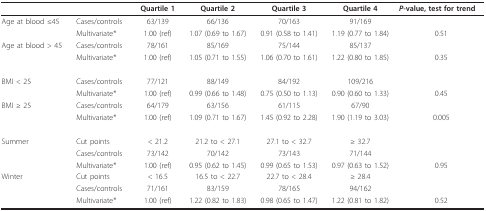
<table><thead><tr><td></td><td></td><td><b>Quartile 1</b></td><td><b>Quartile 2</b></td><td><b>Quartile 3</b></td><td><b>Quartile 4</b></td><td><b><i>P</i>-value, test for trend</b></td></tr></thead><tbody><tr><td>Age at blood ≤45</td><td>Cases/controls</td><td>63/139</td><td>66/136</td><td>70/163</td><td>91/169</td><td></td></tr><tr><td></td><td>Multivariate*</td><td>1.00 (ref)</td><td>1.07 (0.69 to 1.67)</td><td>0.91 (0.58 to 1.41)</td><td>1.19 (0.77 to 1.84)</td><td>0.51</td></tr><tr><td>Age at blood &gt; 45</td><td>Cases/controls</td><td>78/161</td><td>85/169</td><td>75/144</td><td>85/137</td><td></td></tr><tr><td></td><td>Multivariate*</td><td>1.00 (ref)</td><td>1.05 (0.71 to 1.55)</td><td>1.06 (0.70 to 1.61)</td><td>1.22 (0.80 to 1.85)</td><td>0.35</td></tr><tr><td>BMI &lt; 25</td><td>Cases/controls</td><td>77/121</td><td>88/149</td><td>84/192</td><td>109/216</td><td></td></tr><tr><td></td><td>Multivariate*</td><td>1.00 (ref)</td><td>0.99 (0.66 to 1.48)</td><td>0.75 (0.50 to 1.13)</td><td>0.90 (0.60 to 1.33)</td><td>0.45</td></tr><tr><td>BMI ≥ 25</td><td>Cases/controls</td><td>64/179</td><td>63/156</td><td>61/115</td><td>67/90</td><td></td></tr><tr><td></td><td>Multivariate*</td><td>1.00 (ref)</td><td>1.09 (0.71 to 1.67)</td><td>1.45 (0.92 to 2.28)</td><td>1.90 (1.19 to 3.03)</td><td>0.005</td></tr><tr><td>Summer</td><td>Cut points</td><td>&lt; 21.2</td><td>21.2 to &lt; 27.1</td><td>27.1 to &lt; 32.7</td><td>≥ 32.7</td><td></td></tr><tr><td></td><td>Cases/controls</td><td>73/142</td><td>70/142</td><td>73/143</td><td>71/144</td><td></td></tr><tr><td></td><td>Multivariate*</td><td>1.00 (ref)</td><td>0.95 (0.62 to 1.45)</td><td>0.99 (0.65 to 1.53)</td><td>0.97 (0.63 to 1.52)</td><td>0.95</td></tr><tr><td>Winter</td><td>Cut points</td><td>&lt; 16.5</td><td>16.5 to &lt; 22.7</td><td>22.7 to &lt; 28.4</td><td>≥ 28.4</td><td></td></tr><tr><td></td><td>Cases/controls</td><td>71/161</td><td>83/159</td><td>78/165</td><td>94/162</td><td></td></tr><tr><td></td><td>Multivariate*</td><td>1.00 (ref)</td><td>1.22 (0.82 to 1.83)</td><td>0.98 (0.65 to 1.47)</td><td>1.22 (0.81 to 1.82)</td><td>0.52</td></tr></tbody></table>